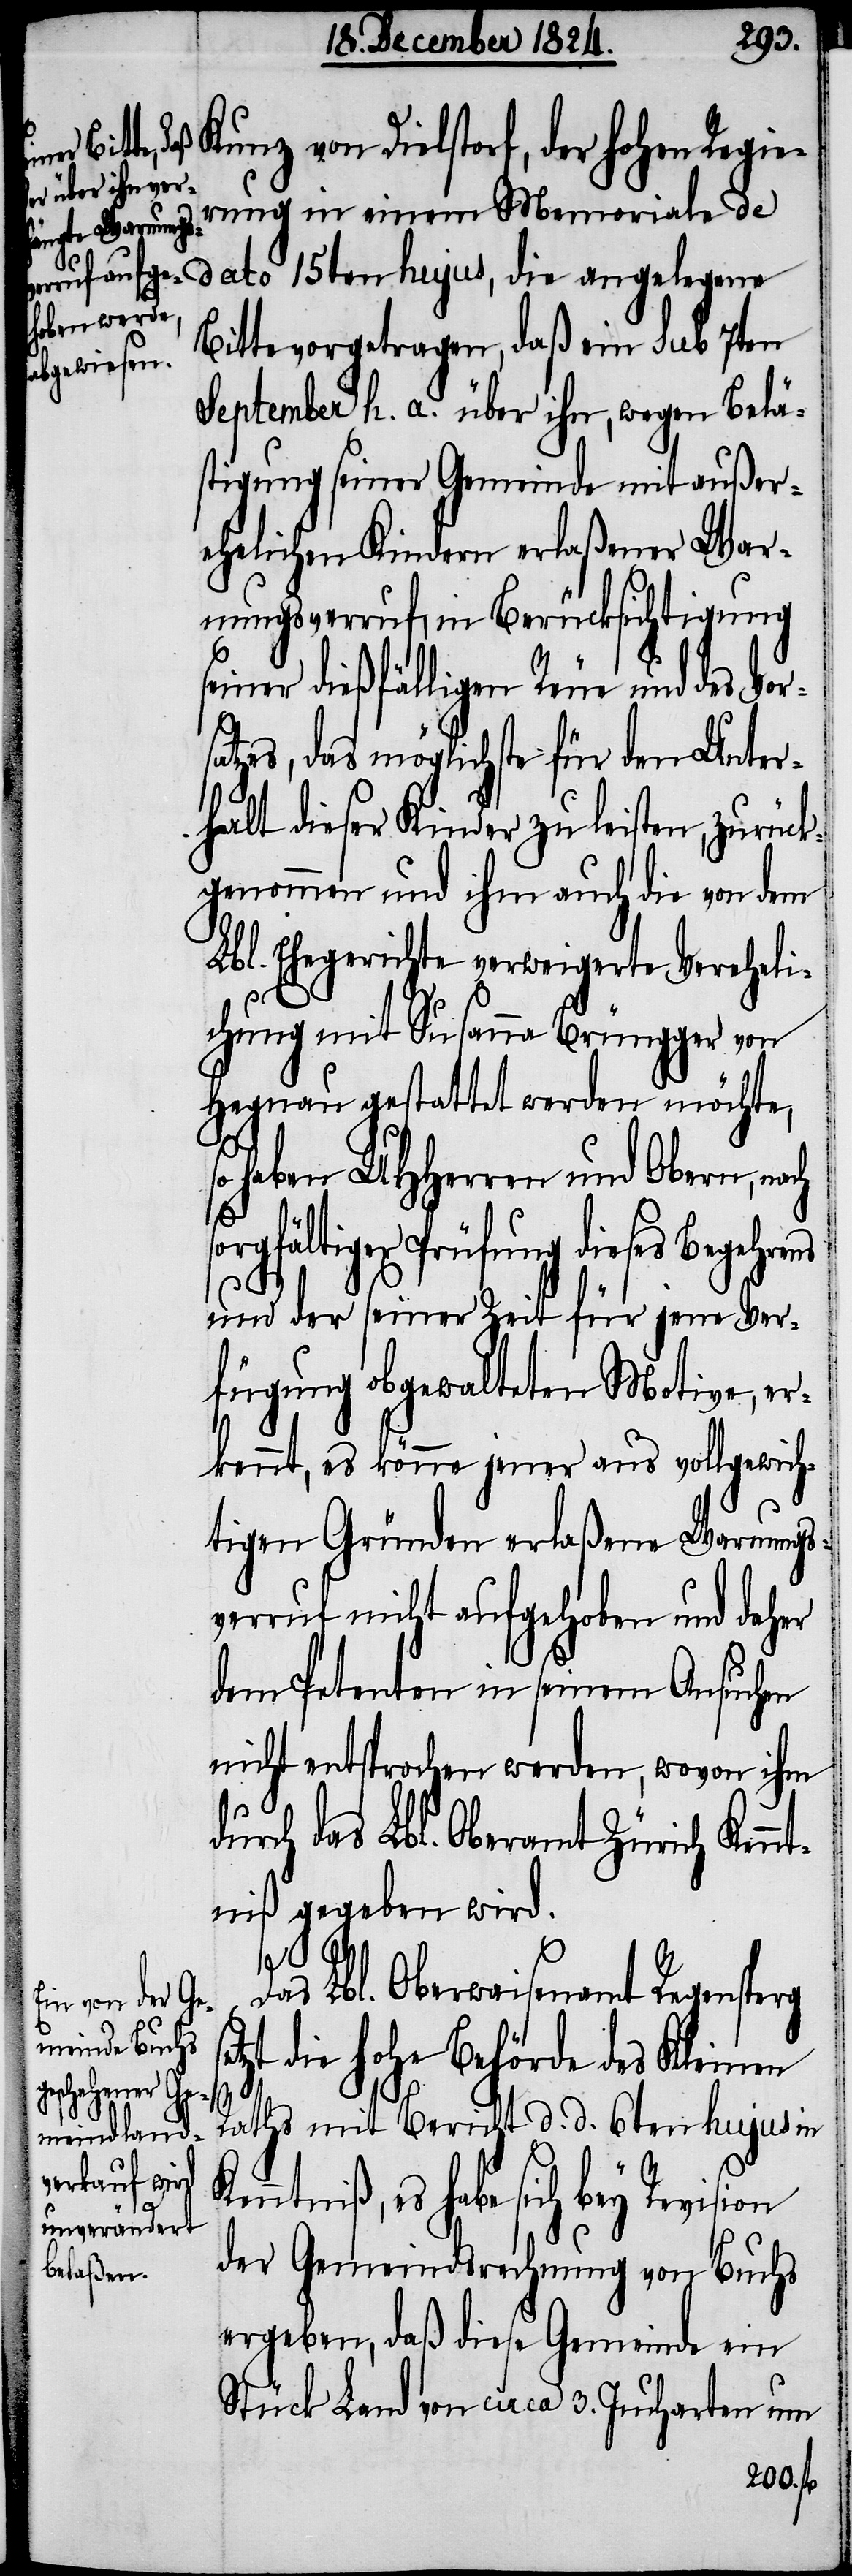
Kunz von Dielstorf, der hohen Regie¬
rung in einem Memoriale
de dato 15ten hujus, die angelegene
Bitte vorgetragen, daß ein sub 7ten
September h. a. über ihn wegen Belä¬
stigung seiner Gemeinde mit außer¬
ehelichen Kindern erlaßener War¬
nungsverruf, in Berücksichtigung
seiner dießfälligen Reue und des Vors¬
atzes, das möglichste für den Unter¬
halt dieser Kinder zu leisten, zurück¬
genommen und ihm auch die von dem
Lbl. Ehegerichte verweigerte Vereheli¬
chung mit Susanna Brüngger von
Hegnau gestattet werden möchte,
haben UHHerren und Obern, na¬
orgfältiger Prüfung dieses Begehrens
und der seiner Zeit für jene Ver¬
fügung obgewalteten Motive, er¬
kennt, es könne jener aus vollgewich¬
tigen Gründen erlaßene Warnungs¬
verruf nicht aufgehoben und daher
dem Petenten in seinem Ansuchen
nicht entsprochen werden, wovon ihm
durch das Lbl. Oberamt Zürich Kennt¬
niß gegeben wird.
set¬
Das Lbl. Oberwaisenamt Regensperg
zt die hohe Behörde des Kleinen
Raths mit Bericht d. d. 6ten hujus in
es habe sich bey Revision
der Gemeindsrechnung von Buchs
ergeben, daß diese Gemeinde ein
Stück Land von circa 3. Jucharten um